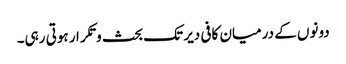
دونوں کے درمیان کافی دیر تک بحث و تکرار ہوتی رہی۔